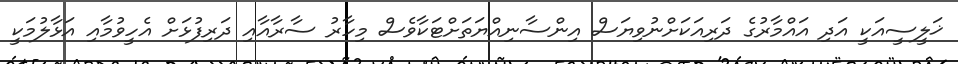
ޚަލީސީއަކީ އަދި އައްމާރުގެ ދަރިއަކަށްނުވިޔަސް އިންސާނިއްޔަތަށްޓަކާވެސް މިހާރު ސާރާއާއި ދަރިފުޅަށް އެހީވުމާއި އަޅާލުމަކީ